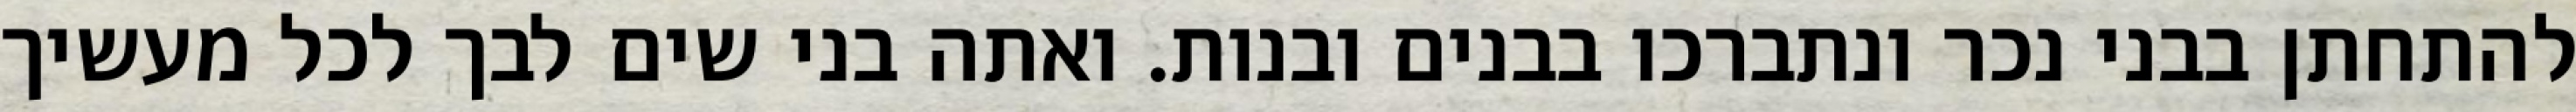
להתחתן בבני נכר ונתברכו בבנים ובנות. ואתה בני שים לבך לכל מעשיך